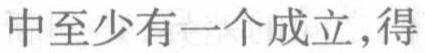
中至少有一个成立,得